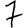
Digit: 7